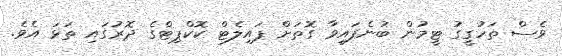
ވެސް ތަހުގީގު ޓީމުން ބުނެފައިވާ ގޮތަށް ޕައިލެޓް ކޮކްޕިޓްގެ ދޮރުގައި ތަޅަ އެވެ.